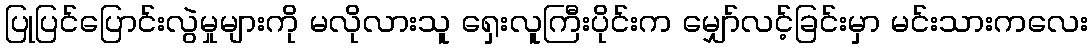
ပြုပြင်ပြောင်းလွဲမှုများကို မလိုလားသူ ရှေးလူကြီးပိုင်းက မျှော်လင့်ခြင်းမှာ မင်းသားကလေး